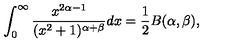
\int _ { 0 } ^ { \infty } \frac { x ^ { 2 \alpha - 1 } } { ( x ^ { 2 } + 1 ) ^ { \alpha + \beta } } d x = \frac { 1 } { 2 } B ( \alpha , \beta ) ,